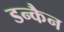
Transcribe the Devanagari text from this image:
डन्कैन